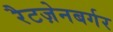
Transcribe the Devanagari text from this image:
रैटज़ेनबर्गर